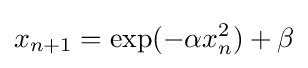
x_{n+1}=\exp(-\alpha x_{n}^{2})+\beta